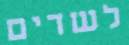
לשדים